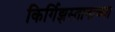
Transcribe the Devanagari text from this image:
किर्गिझस्तानाच्या